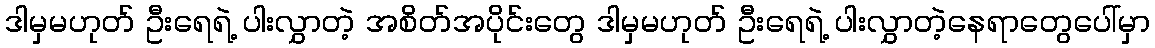
ဒါမှမဟုတ် ဦးရေရဲ့ ပါးလွှာတဲ့ အစိတ်အပိုင်းတွေ ဒါမှမဟုတ် ဦးရေရဲ့ ပါးလွှာတဲ့နေရာတွေပေါ်မှာ